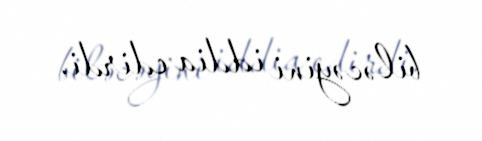
biləcəyini iddia edirdi.